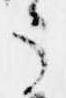
う